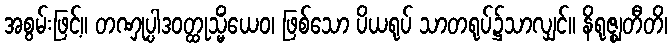
အစွမ်းဖြင့်။ တဏှုပ္ပါဒဝတ္ထုသ္မိံယေဝ၊ ဖြစ်သော ပိယရုပ် သာတရုပ်၌သာလျှင်။ နိရုဇ္ဈတီတိ၊